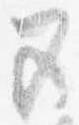
五